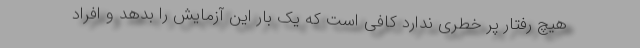
هیچ رفتار پر خطری ندارد کافی است که یک بار این آزمایش را بدهد و افراد